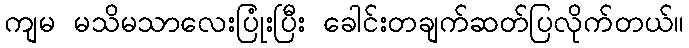
ကျမ မသိမသာလေးပြုံးပြီး ခေါင်းတချက်ဆတ်ပြလိုက်တယ်။